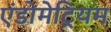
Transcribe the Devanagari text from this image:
एंडोमेट्रियम